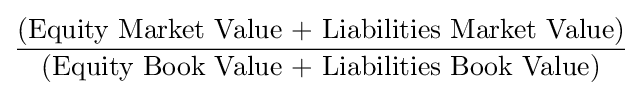
{\frac {\text{(Equity Market Value + Liabilities Market Value)}}{\text{(Equity Book Value + Liabilities Book Value)}}}